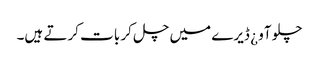
چلو آو ¿ ڈیرے میں چل کر بات کرتے ہیں۔